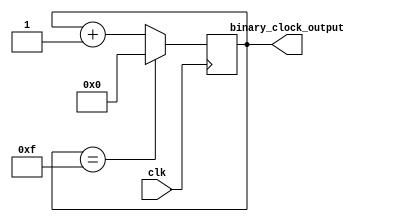
module binary_clock_divider(
    input wire clk,
    output wire [3:0] binary_clock_output
);

reg [3:0] counter;

always @(posedge clk) begin
    if (counter == 4'b1111) begin
        counter <= 4'b0000;
    end else begin
        counter <= counter + 1;
    end
end

assign binary_clock_output = counter;

endmodule